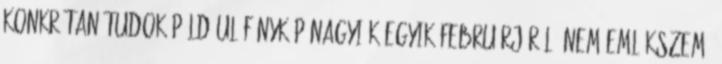
Konkrétan tudok például fénykép nagyiék egyik februárjáról. Nem emlékszem,